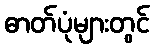
ဓာတ်ပုံများတွင်